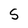
Character: S